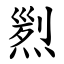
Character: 煭